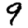
Digit: 9